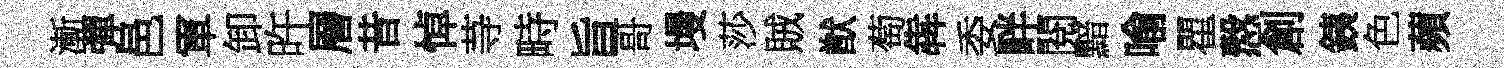
漸彈邑軍卸旿層昔悼䒭畤旨哥墁莎賊猷萄犇委畔閱黯喻瞿慤創銕色蘋